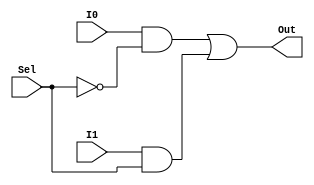
`timescale 1ns/1ns

module Mux2to1_1bit(I0, I1, Sel, Out);

input I0, I1;
input Sel;
output Out;

wire SelBar, OutI0, OutI1;

not SELBAR(SelBar, Sel);

and OUTI0(OutI0, I0, SelBar);
and OUTI1(OutI1, I1, Sel);

or #5 OUT(Out, OutI0, OutI1);

endmodule